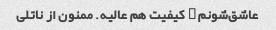
عاشق‌شونم … کیفیت هم عالیه. ممنون از ناتلی